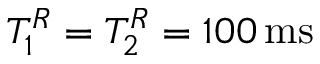
T _ { 1 } ^ { R } = T _ { 2 } ^ { R } = 1 0 0 \, \mathrm { m s }